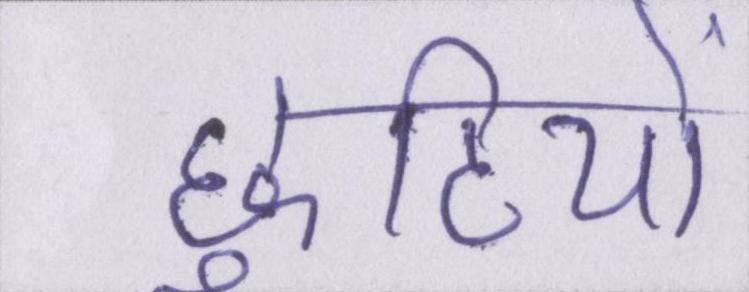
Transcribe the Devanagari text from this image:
छुटियों